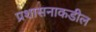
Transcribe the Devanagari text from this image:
प्रशासनाकडील